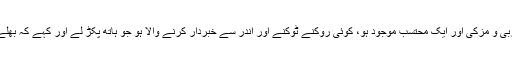
یہ منزل مقصود ہے کہ انسان کے اپنے اندر ایک مربی و مزکی اور ایک محتسب موجود ہو، کوئی روکنے ٹوکنے اور اندر سے خبردار کرنے والا ہو جو ہاتھ پکڑ لے اور کہے کہ بھلے آدمی یہ تمھیں کیا ہوگیا ہے، یہ تم کیا کر رہے ہو۔